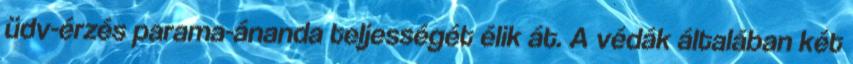
üdv-érzés parama-ánanda teljességét élik át. A védák általában két